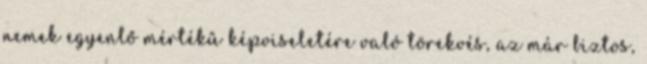
nemek egyenlő mértékű képviseletére való törekvés, az már biztos,